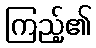
ကြည့်၏